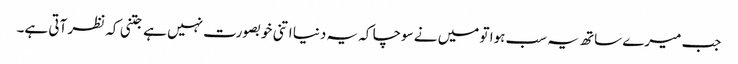
جب میرے ساتھ یہ سب ہوا تو میں نے سوچا کہ یہ دنیا اتنی خوبصورت نہیں ہے جتنی کہ نظر آتی ہے۔